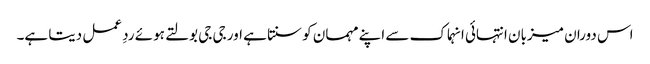
اس دوران میزبان انتہائی انہماک سے اپنے مہمان کو سنتا ہے اور جی جی بولتے ہوئے ردِ عمل دیتا ہے۔